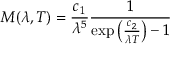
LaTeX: M ( \lambda , T ) = { \frac { c _ { 1 } } { \lambda ^ { 5 } } } { \frac { 1 } { \exp \left( { \frac { c _ { 2 } } { \lambda T } } \right) - 1 } }